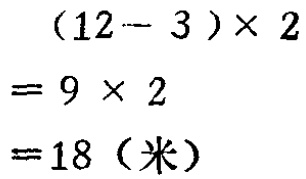
\((12 - 3)\times 2\)

\(= 9\times 2\)

\(= 18\)（米）